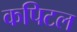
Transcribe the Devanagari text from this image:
कपिटल